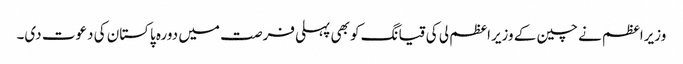
وزیراعظم نے چین کے وزیراعظم لی کی قیانگ کو بھی پہلی فرصت میں دورہ پاکستان کی دعوت دی۔